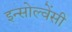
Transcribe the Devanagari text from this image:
इन्सोल्वेंसी